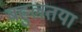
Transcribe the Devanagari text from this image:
बहुलतया